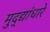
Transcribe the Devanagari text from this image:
मुद्द्यांधारे